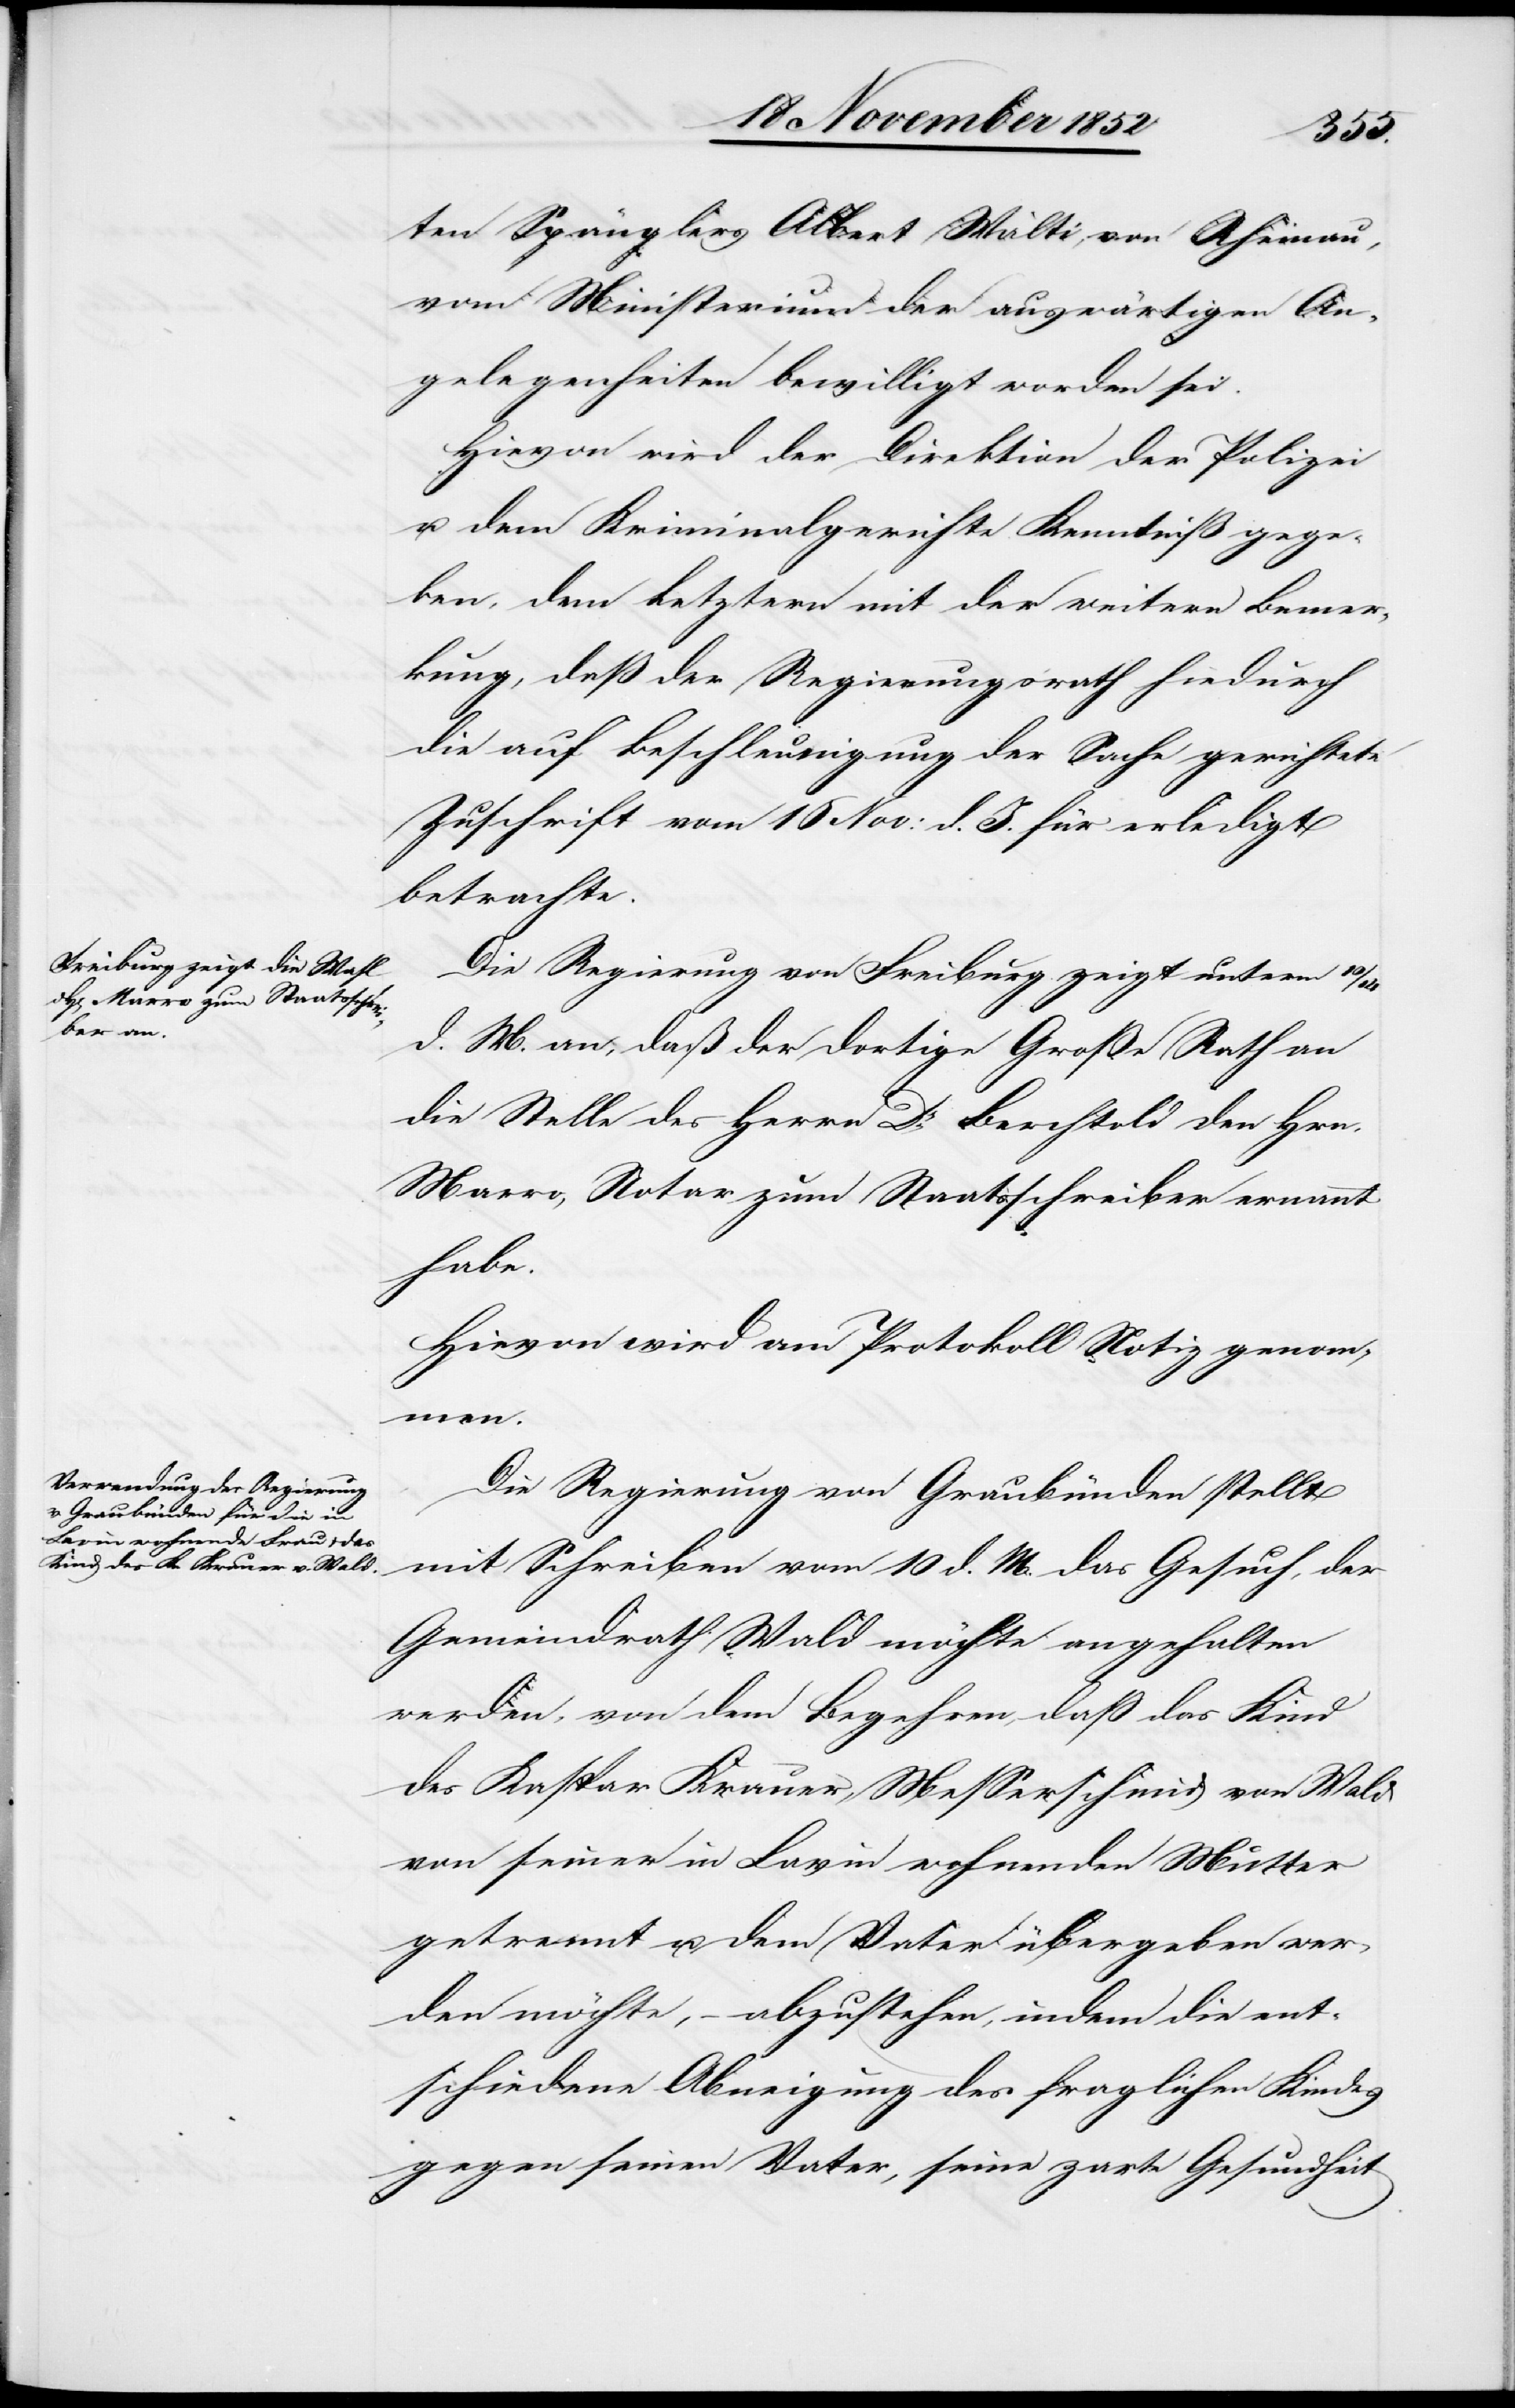
ten Spänglers Albert Wälti [sic!], von Rheinau,
vom Ministerium der auswärtigen An¬
gelegenheiten bewilligt worden sei.
Hievon wird der Direktion der Polizei
u. dem Kriminalgerichte Kenntniß gege¬
ben, dem Letztern mit der weitern Bemer¬
kung, daß der Regierungsrath hiedurch
die auf Beschleunigung der Sache gerichtete
Zuschrift vom 16 Nov: d. J. für erledigt
betrachte.
Die Regierung von Freiburg zeigt unterm 10
d. M. an, daß der dortige Große Rath an
die Stelle des Herrn Dr. Berchtold den Hrn.
Marro, Notar zum Staatsschreiber ernannt
habe.
Hievon wird am Protokoll Notiz genom¬
men.
Die Regierung von Graubünden stellt
mit Schreiben vom 10 d. M. das Gesuch, der
Gemeindrath Wald möchte angehalten
werden, von dem Begehren, daß das Kind
des Kaspar Krauer, Messerschmid von Wald
von seiner in Lavin wohnenden Mutter
getrennt u. dem Vater übergeben wer¬
den möchte, – abzustehen, indem die ent¬
schiedene Abneigung des fraglichen Kindes
gegen seinen Vater, seine zarte Gesundheit